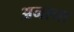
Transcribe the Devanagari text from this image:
अनाना